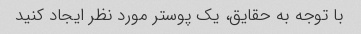
با توجه به حقایق، یک پوستر مورد نظر ایجاد کنید